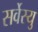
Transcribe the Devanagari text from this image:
सर्वेस्यु